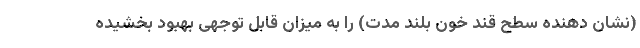
(نشان دهنده سطح قند خون بلند مدت) را به میزان قابل توجهی بهبود بخشیده